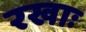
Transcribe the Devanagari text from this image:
रखाः